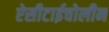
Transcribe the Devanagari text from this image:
ऐसीटाईचोलीन